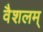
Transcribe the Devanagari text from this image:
वैशलम्